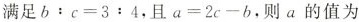
满足$$b：c=3：4$$，且$$a=2c-b$$，则a的值为